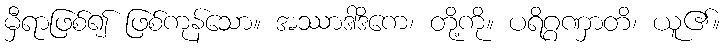
မှီရာဖြစ်၍ ဖြစ်ကုန်သော။ အဿာဒါဒိကေ၊ တို့ကို။ ပရိဂ္ဂဏှာတိ၊ ယူ၏။